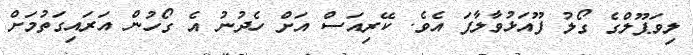
ލިވަޕޫލްގެ ގޯލު ފޫއަޅުވާލާފަ އެވެ. ކޭރިއަސް އަށް ހެދުނު އެ ގޯހުން އަރައިގަތުމަށް